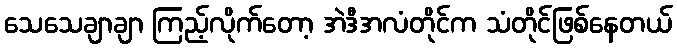
သေသေချာချာ ကြည့်လိုက်တော့ အဲဒီအလံတိုင်က သံတိုင်ဖြစ်နေတယ်